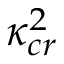
\kappa _ { c r } ^ { 2 }